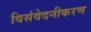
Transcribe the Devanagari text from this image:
विसंवेदनीकरण